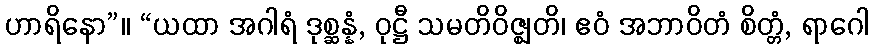
ဟာရိနော”။ “ယထာ အဂါရံ ဒုစ္ဆန္နံ, ဝုဋ္ဌီ သမတိဝိဇ္ဈတိ၊ ဧဝံ အဘာဝိတံ စိတ္တံ, ရာဂေါ